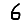
Digit: 6